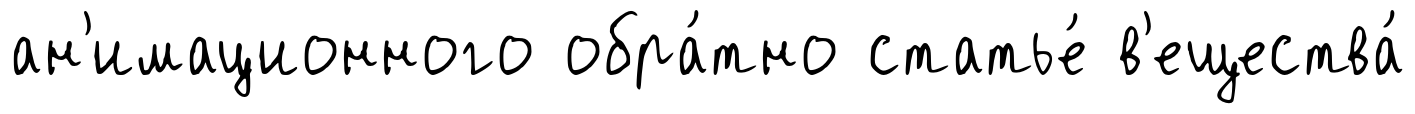
ан'имационного обра́тно статье́ в'ещества́